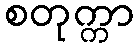
စတုက္ကာ